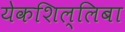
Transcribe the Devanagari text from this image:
येकशिल्लिबा